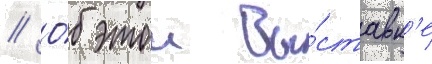
// О́б этои вы́ставк'е